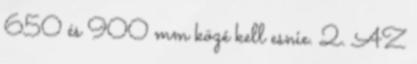
650 és 900 mm közé kell esnie. 2. AZ